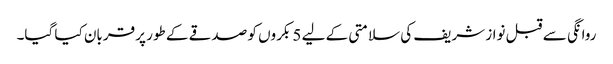
روانگی سے قبل نواز شریف کی سلامتی کے لیے 5 بکروں کو صدقے کے طور پر قربان کیا گیا۔